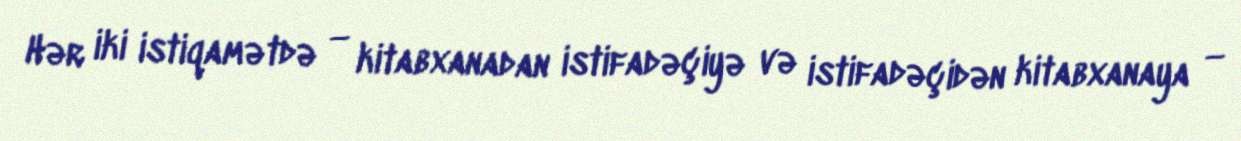
Hər iki istiqamətdə — kitabxanadan istifadəçiyə və istifadəçidən kitabxanaya —